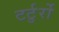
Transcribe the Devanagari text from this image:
टर्टुर्रो